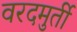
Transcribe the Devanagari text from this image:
वरदमुर्ती